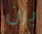
يرن